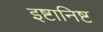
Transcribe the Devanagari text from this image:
इष्टानिष्ट